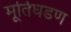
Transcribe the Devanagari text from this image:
मूर्तिघडण